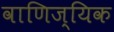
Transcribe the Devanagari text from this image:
वाणिज्यिक